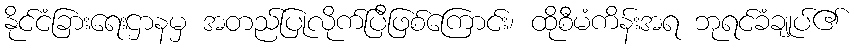
နိုင်ငံခြားရေးဌာနမှ အတည်ပြုလိုက်ပြီဖြစ်ကြောင်း၊ ထိုစီမံကိန်းအရ ဘုရင်ခံချုပ်၏